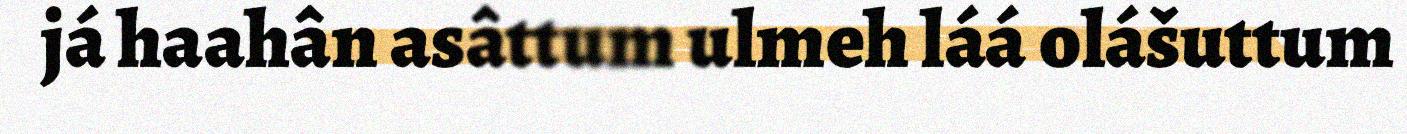
já haahân asâttum ulmeh láá olášuttum